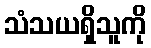
သံသယရှိသူကို